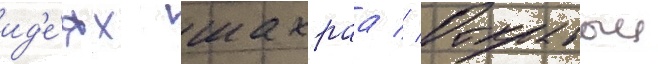
ид'е́ях шахраа // Открытыи